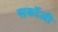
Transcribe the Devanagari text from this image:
सर्कोजी